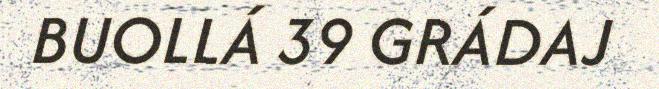
BUOLLÁ 39 GRÁDAJ